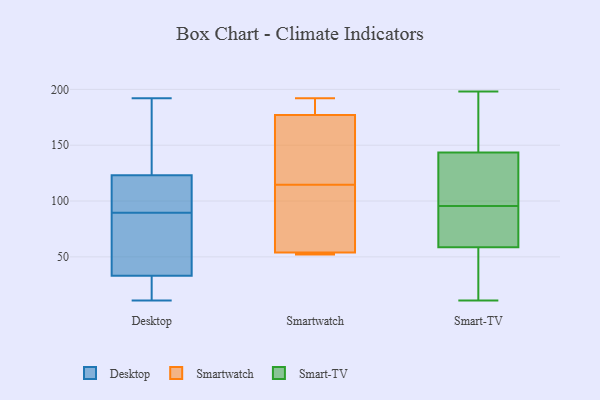
{"axis": {"x": "Production Output", "y": "Value"}, "legend": ["Desktop", "Smart-TV", "Smartwatch"], "data": [{"x": "", "y": 105, "type": "Desktop"}, {"x": "", "y": 33, "type": "Desktop"}, {"x": "", "y": 45, "type": "Desktop"}, {"x": "", "y": 11, "type": "Desktop"}, {"x": "", "y": 12, "type": "Desktop"}, {"x": "", "y": 34, "type": "Desktop"}, {"x": "", "y": 113, "type": "Desktop"}, {"x": "", "y": 12, "type": "Desktop"}, {"x": "", "y": 110, "type": "Desktop"}, {"x": "", "y": 87, "type": "Desktop"}, {"x": "", "y": 128, "type": "Desktop"}, {"x": "", "y": 157, "type": "Desktop"}, {"x": "", "y": 92, "type": "Desktop"}, {"x": "", "y": 118, "type": "Desktop"}, {"x": "", "y": 136, "type": "Desktop"}, {"x": "", "y": 33, "type": "Desktop"}, {"x": "", "y": 161, "type": "Desktop"}, {"x": "", "y": 192, "type": "Desktop"}, {"x": "", "y": 19, "type": "Desktop"}, {"x": "", "y": 73, "type": "Desktop"}, {"x": "", "y": 54, "type": "Smartwatch"}, {"x": "", "y": 52, "type": "Smartwatch"}, {"x": "", "y": 109, "type": "Smartwatch"}, {"x": "", "y": 54, "type": "Smartwatch"}, {"x": "", "y": 80, "type": "Smartwatch"}, {"x": "", "y": 172, "type": "Smartwatch"}, {"x": "", "y": 192, "type": "Smartwatch"}, {"x": "", "y": 120, "type": "Smartwatch"}, {"x": "", "y": 189, "type": "Smartwatch"}, {"x": "", "y": 177, "type": "Smartwatch"}, {"x": "", "y": 79, "type": "Smart-TV"}, {"x": "", "y": 42, "type": "Smart-TV"}, {"x": "", "y": 127, "type": "Smart-TV"}, {"x": "", "y": 63, "type": "Smart-TV"}, {"x": "", "y": 90, "type": "Smart-TV"}, {"x": "", "y": 22, "type": "Smart-TV"}, {"x": "", "y": 11, "type": "Smart-TV"}, {"x": "", "y": 95, "type": "Smart-TV"}, {"x": "", "y": 157, "type": "Smart-TV"}, {"x": "", "y": 130, "type": "Smart-TV"}, {"x": "", "y": 157, "type": "Smart-TV"}, {"x": "", "y": 198, "type": "Smart-TV"}, {"x": "", "y": 107, "type": "Smart-TV"}, {"x": "", "y": 54, "type": "Smart-TV"}, {"x": "", "y": 159, "type": "Smart-TV"}, {"x": "", "y": 96, "type": "Smart-TV"}]}